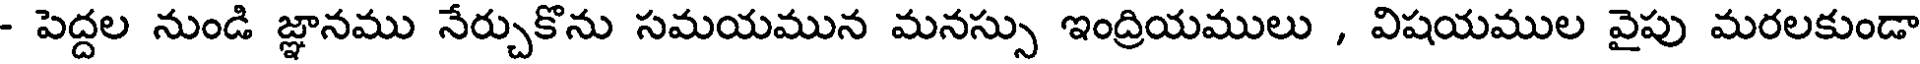
- పెద్దల నుండి జ్ఞానము నేర్చుకొను సమయమున మనస్సు ఇంద్రియములు , విషయముల వైపు మరలకుండా